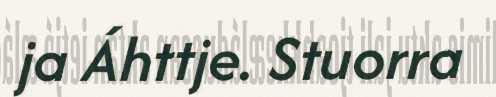
ja Áhttje. Stuorra